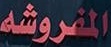
المفروشە